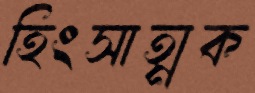
হিংসাত্মক